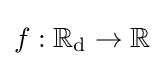
f:\mathbb {R} _{\mathrm {d} }\to \mathbb {R}